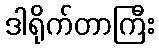
ဒါရိုက်တာကြီး